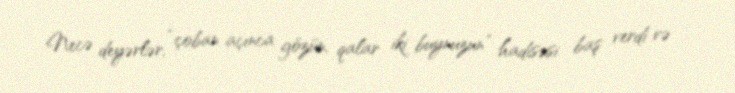
Necə deyərlər, “çoban açınca gözün, qalar iki buynuzun” hadisəsi baş verdi və